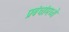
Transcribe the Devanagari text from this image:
प्रबंधांमध्ये